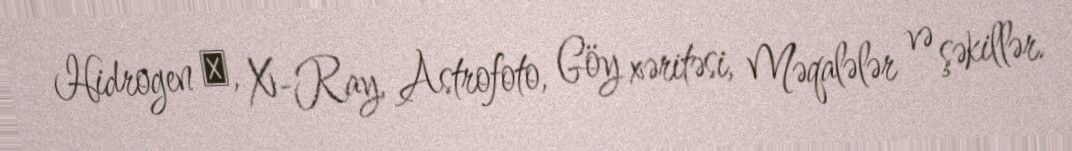
Hidrogen α, X-Ray, Astrofoto, Göy xəritəsi, Məqalələr və şəkillər.